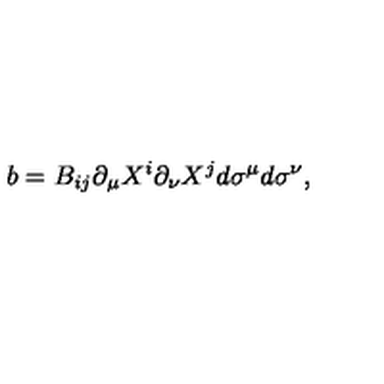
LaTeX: b = B _ { i j } \partial _ { \mu } X ^ { i } \partial _ { \nu } X ^ { j } d \sigma ^ { \mu } d \sigma ^ { \nu } ,